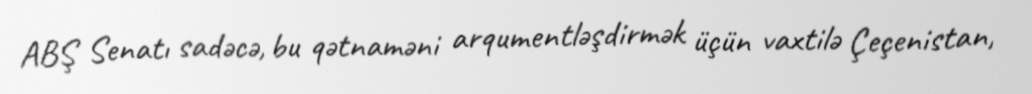
ABŞ Senatı sadəcə, bu qətnaməni arqumentləşdirmək üçün vaxtilə Çeçenistan,